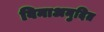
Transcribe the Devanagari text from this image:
विनाअनुदित